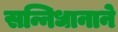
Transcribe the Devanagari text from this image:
सन्निधानाने